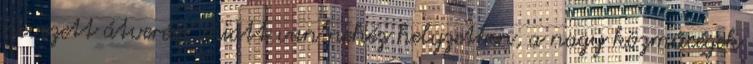
nevezett átverése" miatt van nehéz helyzetben, a nagy közműcégek